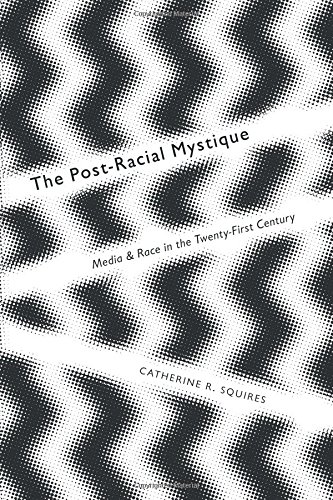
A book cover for The Post-Racial Mystique: Media and Race in the Twenty-First Century (Critical Cultural Communication); Catherine R. Squires; Law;